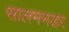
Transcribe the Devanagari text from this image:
सालमनडर